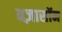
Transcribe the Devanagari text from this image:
बज़ासॉन